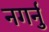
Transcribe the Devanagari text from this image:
नगर्नु